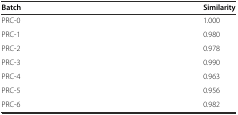
<table><thead><tr><td><b>Batch</b></td><td><b>Similarity</b></td></tr></thead><tbody><tr><td>PRC-0</td><td>1.000</td></tr><tr><td>PRC-1</td><td>0.980</td></tr><tr><td>PRC-2</td><td>0.978</td></tr><tr><td>PRC-3</td><td>0.990</td></tr><tr><td>PRC-4</td><td>0.963</td></tr><tr><td>PRC-5</td><td>0.956</td></tr><tr><td>PRC-6</td><td>0.982</td></tr></tbody></table>